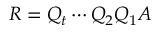
R = Q _ { t } \cdots Q _ { 2 } Q _ { 1 } A